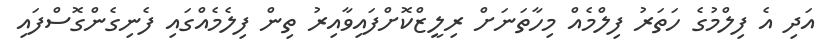
އަދި އެ ފިލްމުގެ ހަތަރު ފިލްމެއް މިހާތަނަށް ރިލީޒްކޮށްފައިވާއިރު ތިން ފިލެމެއްގައި ފެނިގެންގޮސްފައި